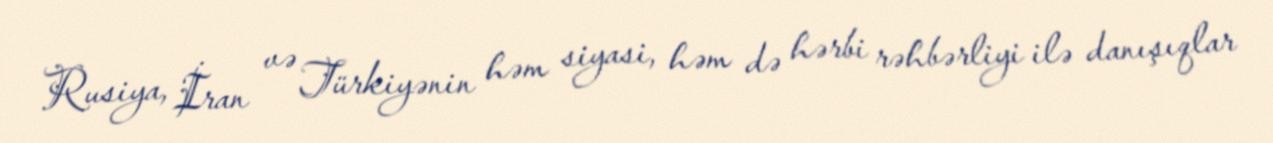
Rusiya, İran və Türkiyənin həm siyasi, həm də hərbi rəhbərliyi ilə danışıqlar